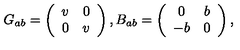
G _ { a b } = \left( \begin{array} { c c } { v } & { 0 } \\ { 0 } & { v } \\ \end{array} \right) , B _ { a b } = \left( \begin{array} { c c } { 0 } & { b } \\ { - b } & { 0 } \\ \end{array} \right) ,